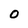
Character: O